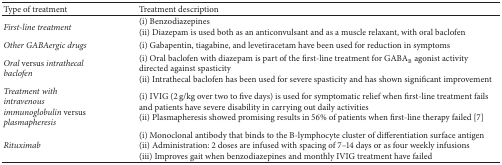
<table><thead><tr><td><b>Type of treatment</b></td><td><b>Treatment description</b></td></tr></thead><tbody><tr><td><i>First-line treatment</i></td><td>(i) Benzodiazepines (ii) Diazepam is used both as an anticonvulsant and as a muscle relaxant, with oral baclofen</td></tr><tr><td><i>Other GABAergic drugs</i></td><td>(i) Gabapentin, tiagabine, and levetiracetam have been used for reduction in symptoms </td></tr><tr><td><i>Oral </i>versus<i> intrathecal baclofen</i></td><td>(i) Oral baclofen with diazepam is part of the first-line treatment for GABA<sub>B</sub> agonist activity directed against spasticity (ii) Intrathecal baclofen has been used for severe spasticity and has shown significant improvement</td></tr><tr><td><i>Treatment with intravenous immunoglobulin </i>versus<i> plasmapheresis </i></td><td>(i) IVIG (2 g/kg over two to five days) is used for symptomatic relief when first-line treatment fails and patients have severe disability in carrying out daily activities (ii) Plasmapheresis showed promising results in 56% of patients when first-line therapy failed [7]</td></tr><tr><td><i>Rituximab</i></td><td>(i) Monoclonal antibody that binds to the B-lymphocyte cluster of differentiation surface antigen (ii) Administration: 2 doses are infused with spacing of 7–14 days or as four weekly infusions (iii) Improves gait when benzodiazepines and monthly IVIG treatment have failed </td></tr></tbody></table>